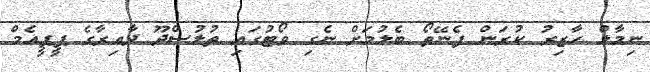
ނިމާލް ހާޒިރު ކުރަން ފެނޭތޯ ބެލުމަށް ނެގި ވޯޓުގައި ތުލުސްދޫ ދާއިރާގެ ޕީޕީއެމް